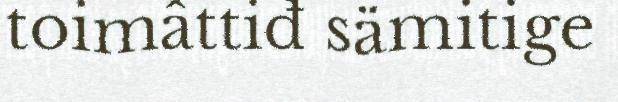
toimâttiđ sämitige